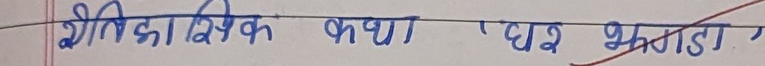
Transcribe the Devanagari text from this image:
शैक्षिक कथा एवं भंडार